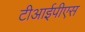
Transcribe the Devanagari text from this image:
टीआईपीएस